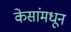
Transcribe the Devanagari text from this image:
केसांमधून